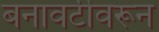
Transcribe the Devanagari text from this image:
बनावटीवरून